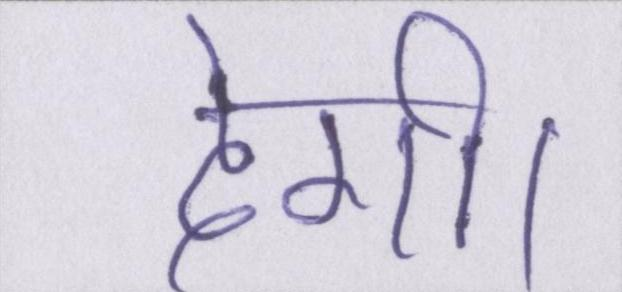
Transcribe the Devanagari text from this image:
देगी।